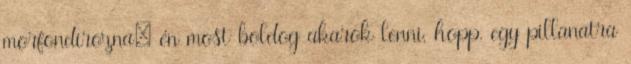
morfondírozna: én most boldog akarok lenni, hopp, egy pillanatra